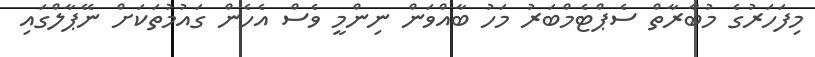
މިފަހަރުގެ މުބާރާތް ސެޕްޓެމްބަރު މަހު ބާއްވަން ނިންމީ ވެސް އެހެން ގައުމުތަކަށް ނޭޕާލްގައި